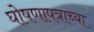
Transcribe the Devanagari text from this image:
घोषणापत्राच्या